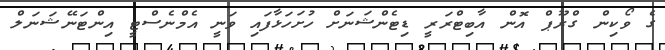
ގެ ވޯކިން ގްރޫޕް އޮން އާބިޓްރަރީ ޑިޓެންޝަނަށް ހުށަހަޅާފައި ވަނީ އެމްނެސްޓީ އިންޓަނޭޝަނަލް